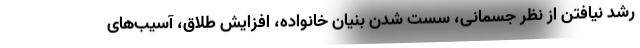
رشد نیافتن از نظر جسمانی، سست شدن بنیان خانواده، افزایش طلاق، آسیب‌های